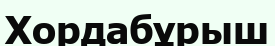
Хордабұрыш